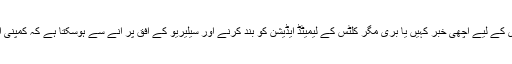
تاہم اس بات کو آپ اس گاڑی کے لیے اچھی خبر کہیں یا بری مگر کلٹس کے لیمیٹڈ ایڈیشن کو بند کرنے اور سیلیریو کے افق پر آنے سے ہوسکتا ہے کہ کمپنی اس گاڑی کو الوداع کہہ دے۔